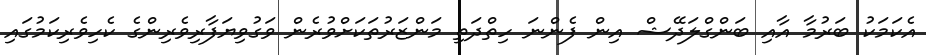
އެކަމަކު ބަރުމާ އާއި ބަންގްލަދޭޝް އިން ފެންނަ ހިތްދަތި މަންޒަރުތަކަށްވުރެން ވަގުވިޔަފާރިވެރިންގެ ކެހިވެރިކަމުގައި